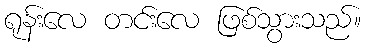
ရုန်းလေ တင်းလေ ဖြစ်သွားသည်။